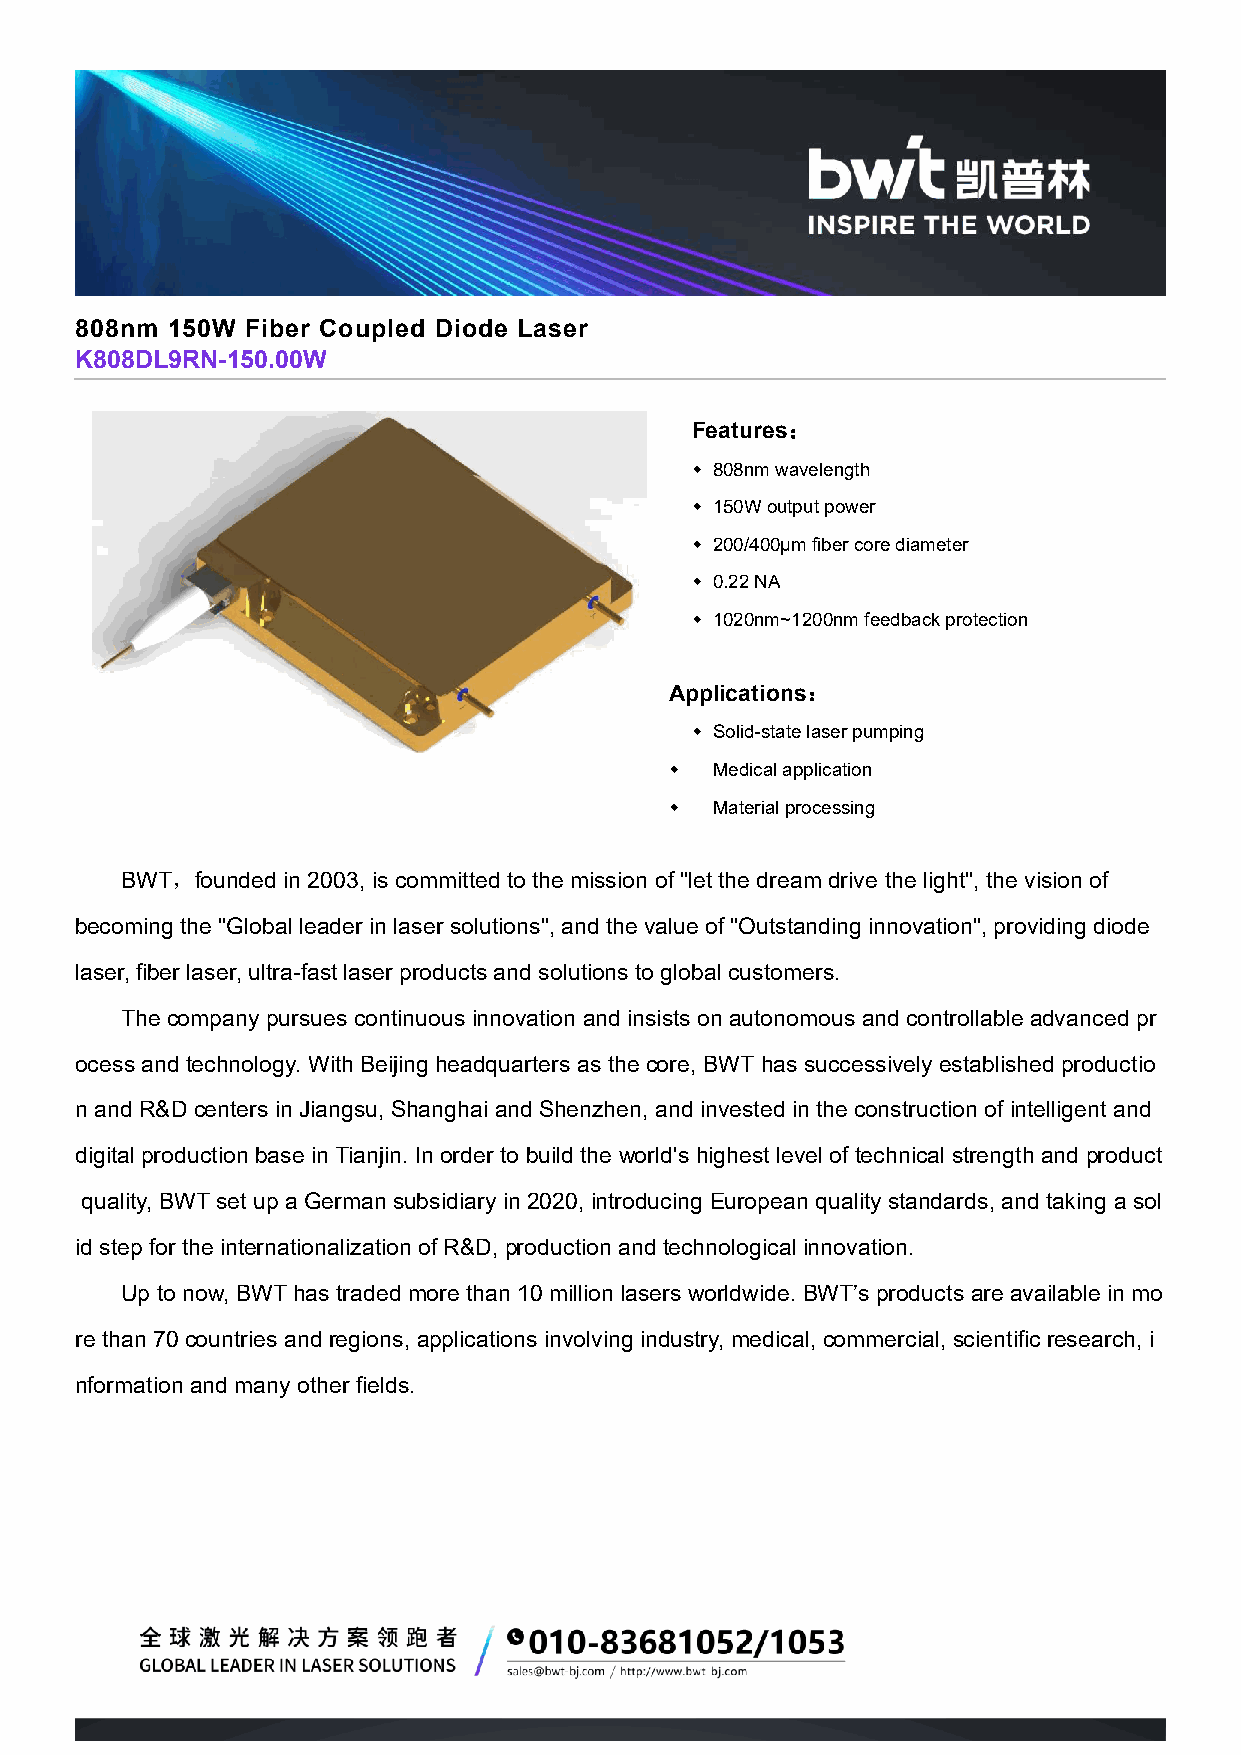
808nm 150W Fiber Coupled Diode Laser
 K808DL9RN-150.00W
 Features：
  808nm wavelength
  150W output power
  200/400μm fiber core diameter
  0.22 NA
  1020nm~1200nm feedback protection
 Applications：
  Solid-state laser pumping
   Medical application
   Material processing
 BWT，founded in 2003, is committed to the mission of "let the dream drive the light", the vision of
 becoming the "Global leader in laser solutions", and the value of "Outstanding innovation", providing diode
 laser, fiber laser, ultra-fast laser products and solutions to global customers.
 The company pursues continuous innovation and insists on autonomous and controllable advanced pr
 ocess and technology. With Beijing headquarters as the core, BWT has successively established productio
 n and R&D centers in Jiangsu, Shanghai and Shenzhen, and invested in the construction of intelligent and
 digital production base in Tianjin. In order to build the world's highest level of technical strength and product
 quality, BWT set up a German subsidiary in 2020, introducing European quality standards, and taking a sol
 id step for the internationalization of R&D, production and technological innovation.
 Up to now, BWT has traded more than 10 million lasers worldwide. BWT’s products are available in mo
 re than 70 countries and regions, applications involving industry, medical, commercial, scientific research, i
 nformation and many other fields.